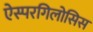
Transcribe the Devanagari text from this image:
ऐस्परगिलोसिस